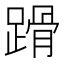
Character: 𨃴